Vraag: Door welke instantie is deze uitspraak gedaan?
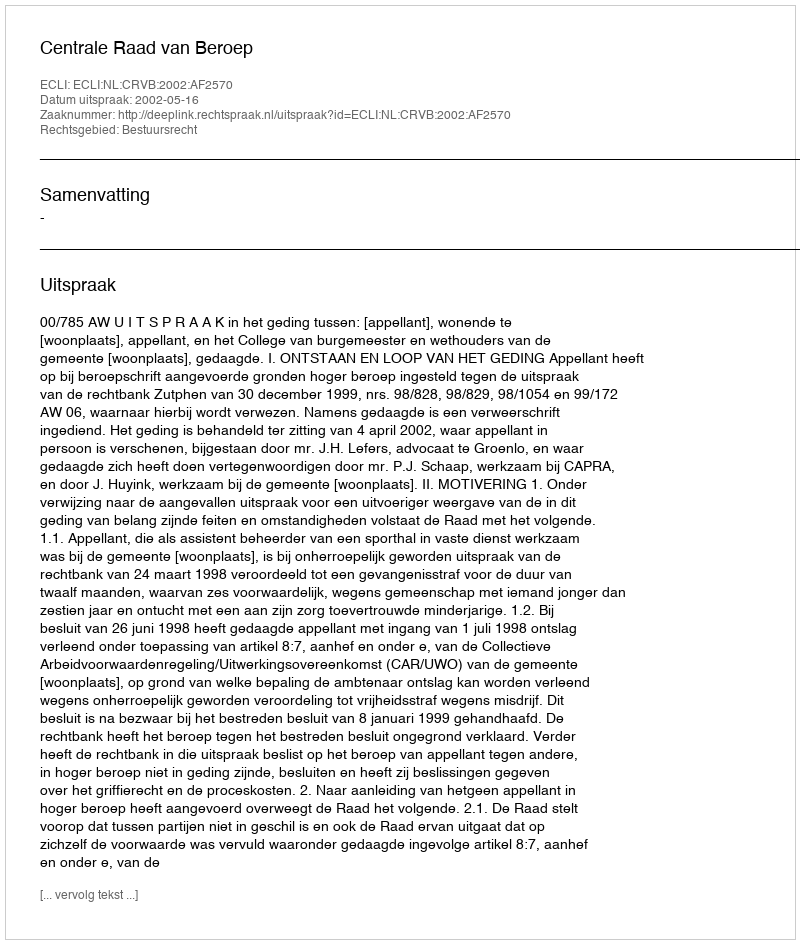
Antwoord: Centrale Raad van Beroep